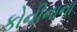
કોનીનાના